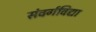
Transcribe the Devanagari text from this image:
संवर्गविद्या